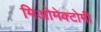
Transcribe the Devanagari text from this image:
मिओमेक्टोमी